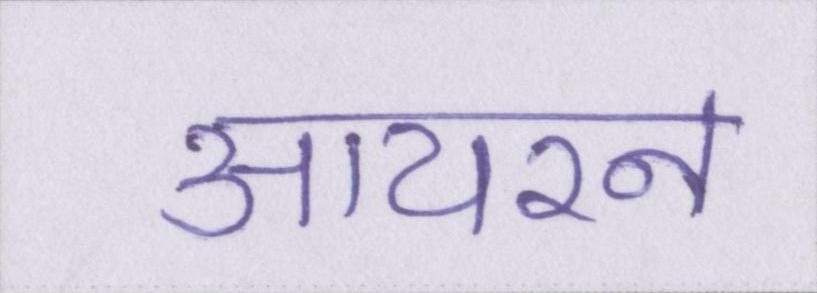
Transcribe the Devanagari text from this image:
आयरन